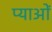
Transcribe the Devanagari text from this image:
प्याओं